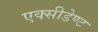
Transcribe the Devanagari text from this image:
एक्सीडेण्ट